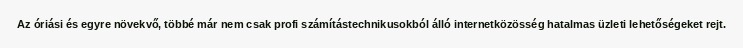
Az óriási és egyre növekvő, többé már nem csak profi számítástechnikusokból álló internetközösség hatalmas üzleti lehetőségeket rejt.